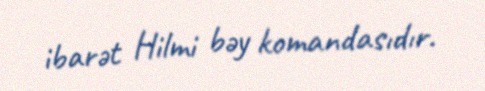
ibarət Hilmi bəy komandasıdır.